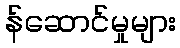
န်ဆောင်မှုများ